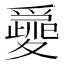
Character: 𡕽